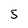
Character: 5